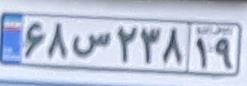
۶۸س۲۳۸۱۹